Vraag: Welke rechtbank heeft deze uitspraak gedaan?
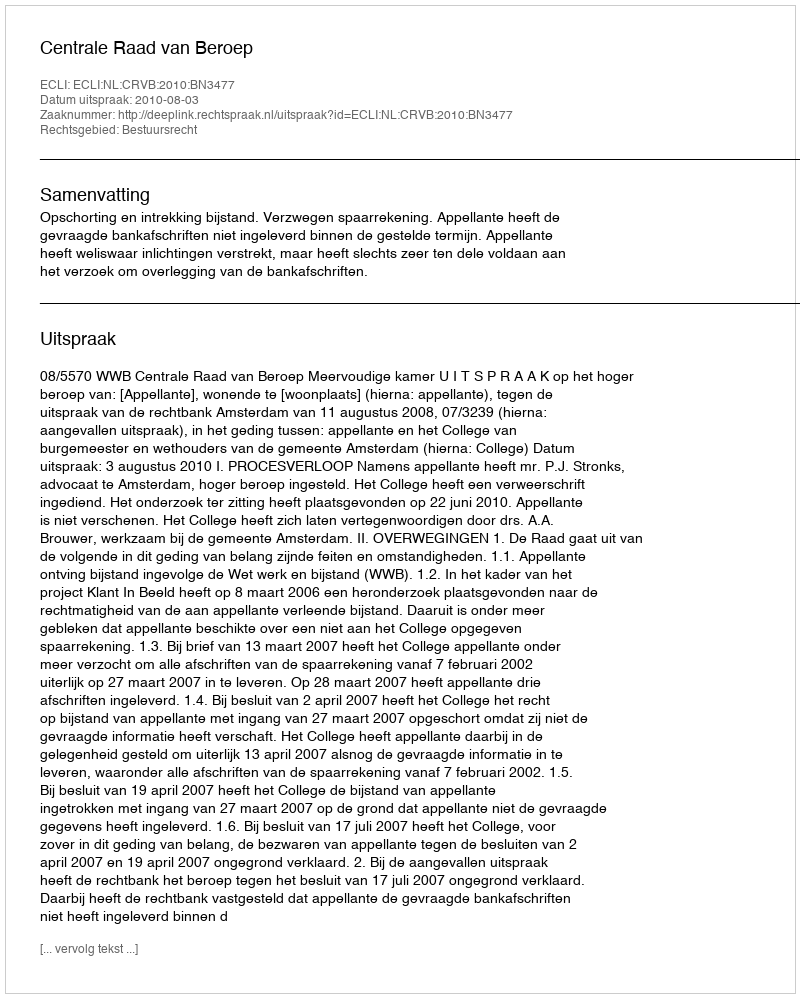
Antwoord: Centrale Raad van Beroep